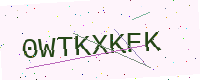
Text: 0WTKXKFK